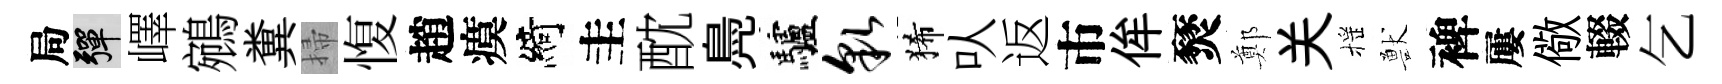
局彈嶧鵷糞掃愎趙瘼綺圭酖鳧驢貌狶㕥返市侔燹鄭关摇獸裨屢儆輟乞